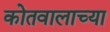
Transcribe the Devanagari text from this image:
कोतवालाच्या